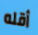
أقله